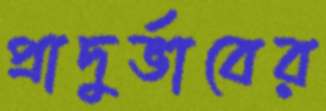
প্রাদুর্ভাবের